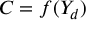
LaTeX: C = f ( Y _ { d } )